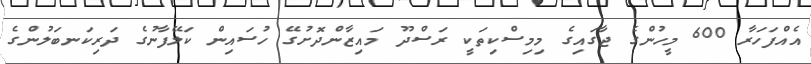
އެއްފަހަރާ 600 މީހުންގެ ޖާގައިގެ މިމިސްކިތަކީ ރަސްދޫ މައިޒާންދޮށުގޭ ހުސައިން ކަލޭފާނުގެ ދަރިކަނބަލުންގެ